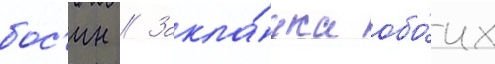
бос'ин // Закла́дка обо́их